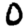
Digit: 0